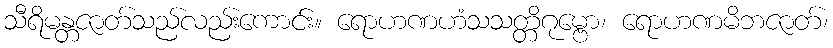
သီရိမန္တဇာတ်သည်လည်းကောင်း။ ရောဟဏဟံသသတ္တိဂုမ္ဗော၊ ရောဟဏမိဘဇာတ်၊